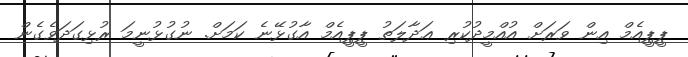
ޕީޕީއެމް އިން ވަރަށް އުއްމީދުކުރި ޢަދާލަތު ޕީޕީއެމް އާގުޅޭނެ ކަމަށް. ނުގުޅުނީމަ ރުޅިގަދަވެގެން